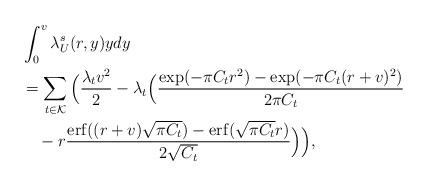
LaTeX: \begin{align*}&\int_{0}^{v} \lambda_{U}^s(r, y) y dy \\&= \sum_{t \in \mathcal{K}}\Big(\frac{\lambda_t v^2}{2} - \lambda_t\Big(\frac{\exp(-\pi C_t r^2) - \exp(-\pi C_t (r + v)^2)}{2\pi C_t} \\&\quad- r\frac{\mathrm{erf}((r + v)\sqrt{\pi C_t}) - \mathrm{erf}(\sqrt{\pi C_t} r) }{2 \sqrt{C_t}}\Big) \Big),\end{align*}